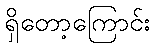
ရှိတော့ကြောင်း